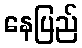
နေပြည်